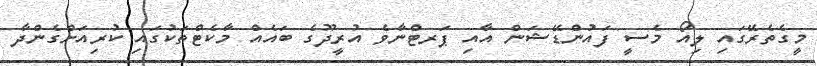
މީގެތެރޭގައި ލިއޯ މެސީ ފައުންޑޭޝަން އާއި ޕަރޓްނާވެ އުރީދޫގެ ބައެއް މާކެޓްތަކުގައި ކުރިއަށްގެންދާ